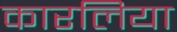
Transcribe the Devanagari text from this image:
कारलिया